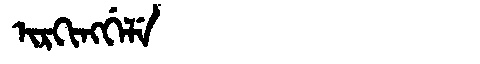
Manchu: ᡳᡵᡴᡳᠩᡤᡝᠯᡝ
Romanization: IRKINGGELE